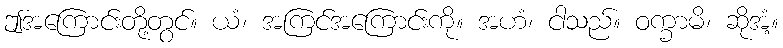
ဤအကြောင်းတို့တွင်။ ယံ၊ အကြင်အကြောင်းကို။ အဟံ၊ ငါသည်။ ဝက္ခာမိ၊ ဆိုအံ့။